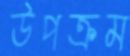
উপক্রম